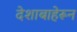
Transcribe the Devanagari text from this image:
देशाबाहेरून